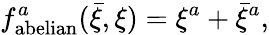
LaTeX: f_{\mathrm{abelian}}^{a}({\bar{\xi}},\xi)=\xi^{a}+{\bar{\xi}}^{a},